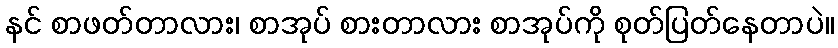
နင် စာဖတ်တာလား၊ စာအုပ် စားတာလား စာအုပ်ကို စုတ်ပြတ်နေတာပဲ။